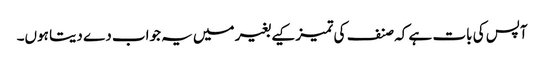
آپس کی بات ہے کہ صنف کی تمیز کیے بغیر میں یہ جواب دے دیتا ہوں۔